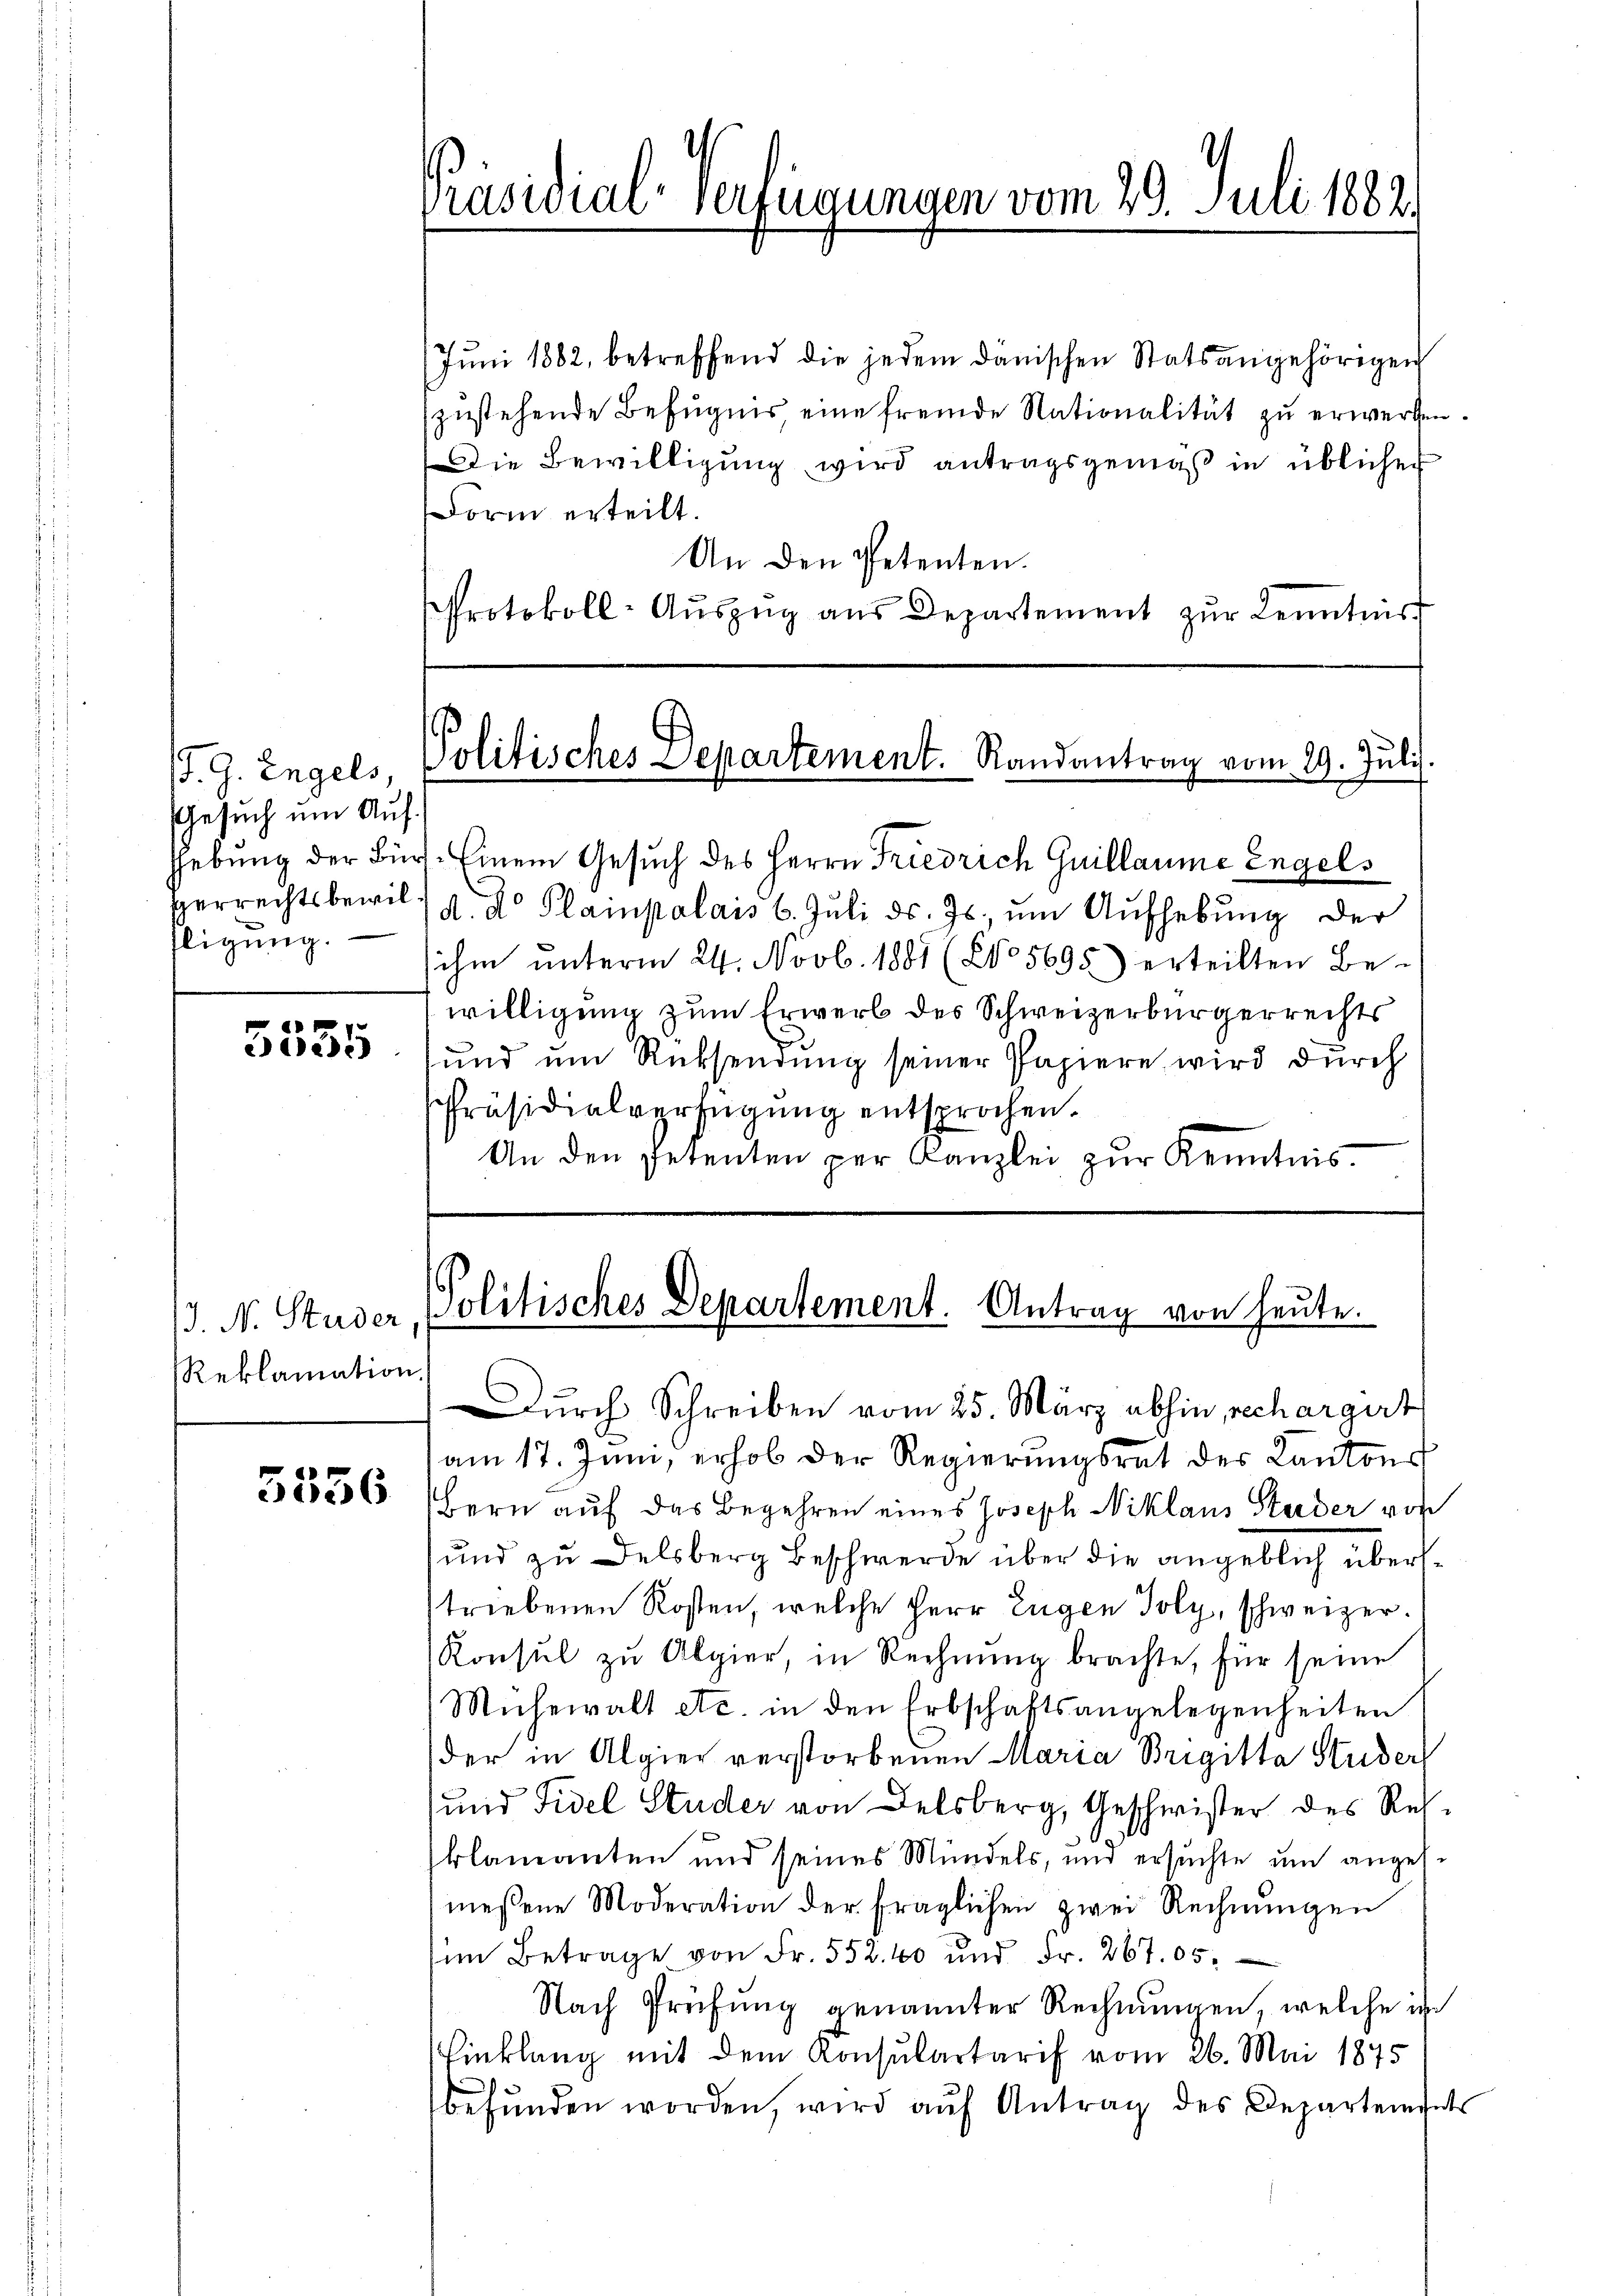
J. G. Engels,
Gesuch um Aufligung.

e
e

Reklamation.

5556

Präsidial-Verfügungen vom 29. Juli 1882.

Jŭni 1882, betreffend die jedem dänischen Statsangehörigen
zustehende Befugnis eine fremde Nationalität zu erwerfen.
Die Bewilligung wird antragsgemäß in üblicher
Form erteilt.
An den Petenten.
Protokoll-Aŭszŭg aŭs Departement zŭr Kenntnis

Politisches Departement. Randantrag vom 29. Juli.

Hebung der Bürs. Einem Gesuch des Herrn Friedrich Guillaume Engels
Perrechtsbewil d. d. Plainpalais 6. Juli d. Js. um Aufhebung der
sihm unterm 24. Novb. 1881 (205695) erteilten Be-
willigung zum Erwerb des Schweizerbürgerrechts
und um Rücksendung seiner Papiere, wird durch
Präsidialverfügŭng entsprochen.
An den Petenten per Kanzlei zŭr Kenntnis.

3. N. Studer, Politisches Departement. Antrag von heute.

Durch Schreiben vom 25. März abhin, rechargert
am 17. Juni, erhob der Regierŭngsrat der Kantons
Bern auf das Begehren eines Joseph Niklaus Studer von
und zu Delsberg Beschwerde über die angeblich übersstriebenen Kosten, welche Herr Eugen Toly, schweizer.
Konsul zu Algier, in Rechnung brachte, für seine
Mühewalt etc. in den Erbschaftsangelegenheiten
der in Algier verstorbenen Maria Brigitta Studer
und Fidel Studer von Delsberg, Geschwister des Resklamanten und seines Mündels, und ersuchte um angesmessene Moderation der fraglichen zwei Rechnungen
im Betrage von Fr. 552. 40 und Fr. 267. 05
Nach Prüfŭng genannter Rechnŭngen, welche in
Einklang mit dem Konsulartarif vom 26. Mai 1875
befŭnden worden, wird aŭf Antrag des Departensets